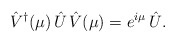
\begin{align*}\hat{V}^\dagger (\mu) \, \hat{U} \, \hat{V}(\mu)= e^{ i \mu } \, \hat{U}.\end{align*}